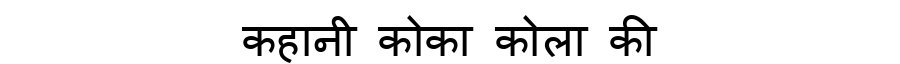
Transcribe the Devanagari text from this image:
कहानी कोका कोला की